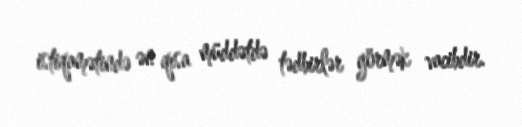
istiqamətində ən qısa müddətdə tədbirlər görmək vacibdir.